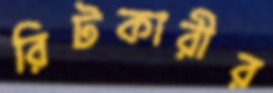
রিটকারীর